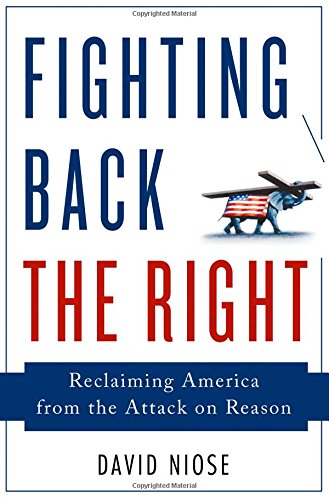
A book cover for Fighting Back the Right: Reclaiming America from the Attack on Reason; David Niose; Religion & Spirituality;